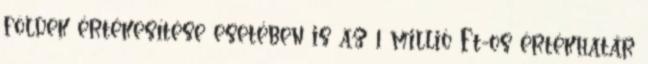
földek értékesítése esetében is az 1 millió Ft-os értékhatár